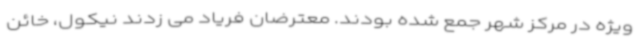
ویژه در مرکز شهر جمع شده بودند. معترضان فریاد می‌ زدند نیکول، خائن